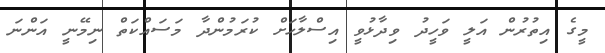
މީގެ އިތުރުން އަލީ ވަހީދު ވިދާޅުވީ އިސްލާހަށް ކުރަމުންދާ މަސައްކަތް ނިމޭނީ އަންނަ